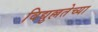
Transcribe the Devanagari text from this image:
विद्युल्लतेच्या